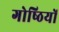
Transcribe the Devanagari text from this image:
गोष्‍ठियों